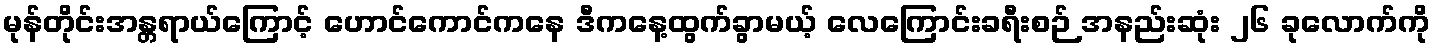
မုန်တိုင်းအန္တရာယ်ကြောင့် ဟောင်ကောင်ကနေ ဒီကနေ့ထွက်ခွာမယ့် လေကြောင်းခရီးစဉ် အနည်းဆုံး ၂၆ ခုလောက်ကို